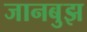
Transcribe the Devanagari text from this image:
जानबुझ